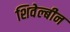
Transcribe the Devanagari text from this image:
शिवेल्बीन